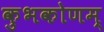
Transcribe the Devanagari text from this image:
कुभकोणम्